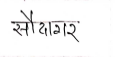
मजकूर: सौदागर